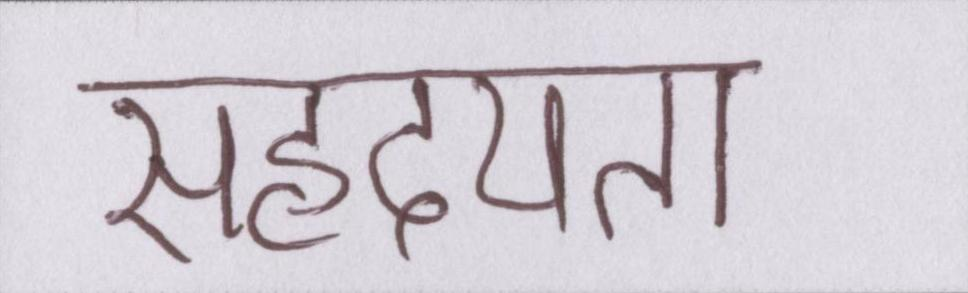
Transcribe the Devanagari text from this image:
सहृदयता